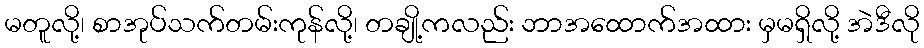
မတူလို့၊ စာအုပ်သက်တမ်းကုန်လို့၊ တချို့ကလည်း ဘာအထောက်အထား မှမရှိလို့ အဲဒီလို